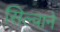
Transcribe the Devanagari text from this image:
सिल्वाने